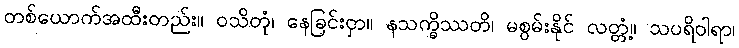
တစ်ယောက်အထီးတည်း။ ဝသိတုံ၊ နေခြင်းငှာ။ နသက္ခိဿတိ၊ မစွမ်းနိုင် လတ္တံ့။ သပရိဝါရာ၊